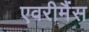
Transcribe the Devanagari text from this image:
एवरीमैंस